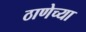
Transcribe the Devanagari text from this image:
ठाणेच्‍या